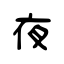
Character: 夜